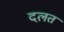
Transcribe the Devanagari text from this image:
दलत